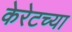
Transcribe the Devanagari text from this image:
केरेटच्या